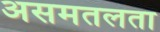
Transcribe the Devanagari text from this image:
असमतलता